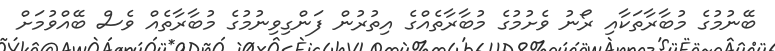
ބޭނުމުގެ މުބާރާތަކާއި ރޯނު ވެށުމުގެ މުބާރާތެއްގެ އިތުރުން ފަންގިވިނުމުގެ މުބާރާތެއް ވެސް ބޭއްވުމަށް